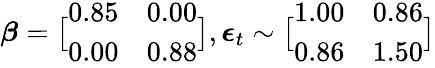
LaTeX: \displaystyle\boldsymbol{\beta}=\bigl[\begin{array}{ll}{0.85}&{0.00}\\ {0.00}&{0.88}\end{array}\bigr],\boldsymbol{\epsilon}_{t}\sim\bigl[\begin{array}{ll}{1.00}&{0.86}\\ {0.86}&{1.50}\end{array}\bigr]